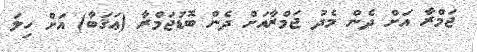
ޖަމްރާ އަށް ދެން މެދު ޖަމްރާއަށް ދެން ބޮޑުޖަމްރާ (ޢަޤަބާ) އަށް ހިލަ